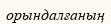
орындалғаның